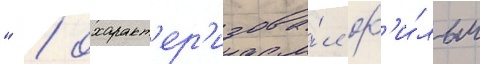
" / охаракт'ер'изова́л ф'и́льм